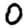
Digit: 0